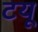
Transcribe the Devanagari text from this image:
टयू